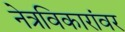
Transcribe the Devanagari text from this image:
नेत्रविकारांवर